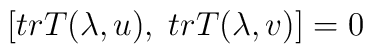
\left[ trT(\lambda,u), \; trT(\lambda,v)\right]=0